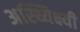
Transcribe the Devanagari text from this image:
अस्थ्यिक्ष्यी